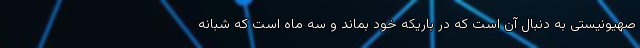
صهیونیستی به دنبال آن است که در باریکه خود بماند و سه ماه است که شبانه